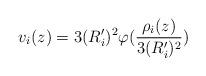
LaTeX: \begin{align*} v_i(z)=3(R'_i)^2\varphi(\frac{\rho_i(z)}{3(R'_i)^2})\end{align*}